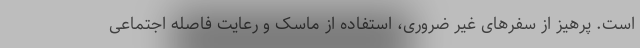
است. پرهیز از سفرهای غیر ضروری، استفاده از ماسک و رعایت فاصله اجتماعی